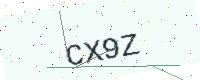
Text: CX9Z